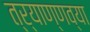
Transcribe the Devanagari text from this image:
त्र्याण्णव्या